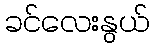
ခင်လေးနွယ်